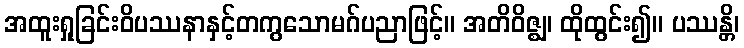
အထူးရှုခြင်းဝိပဿနာနှင့်တကွသောမဂ်ပညာဖြင့်။ အတိဝိဇ္ဈ၊ ထိုထွင်း၍။ ပဿန္တိ၊